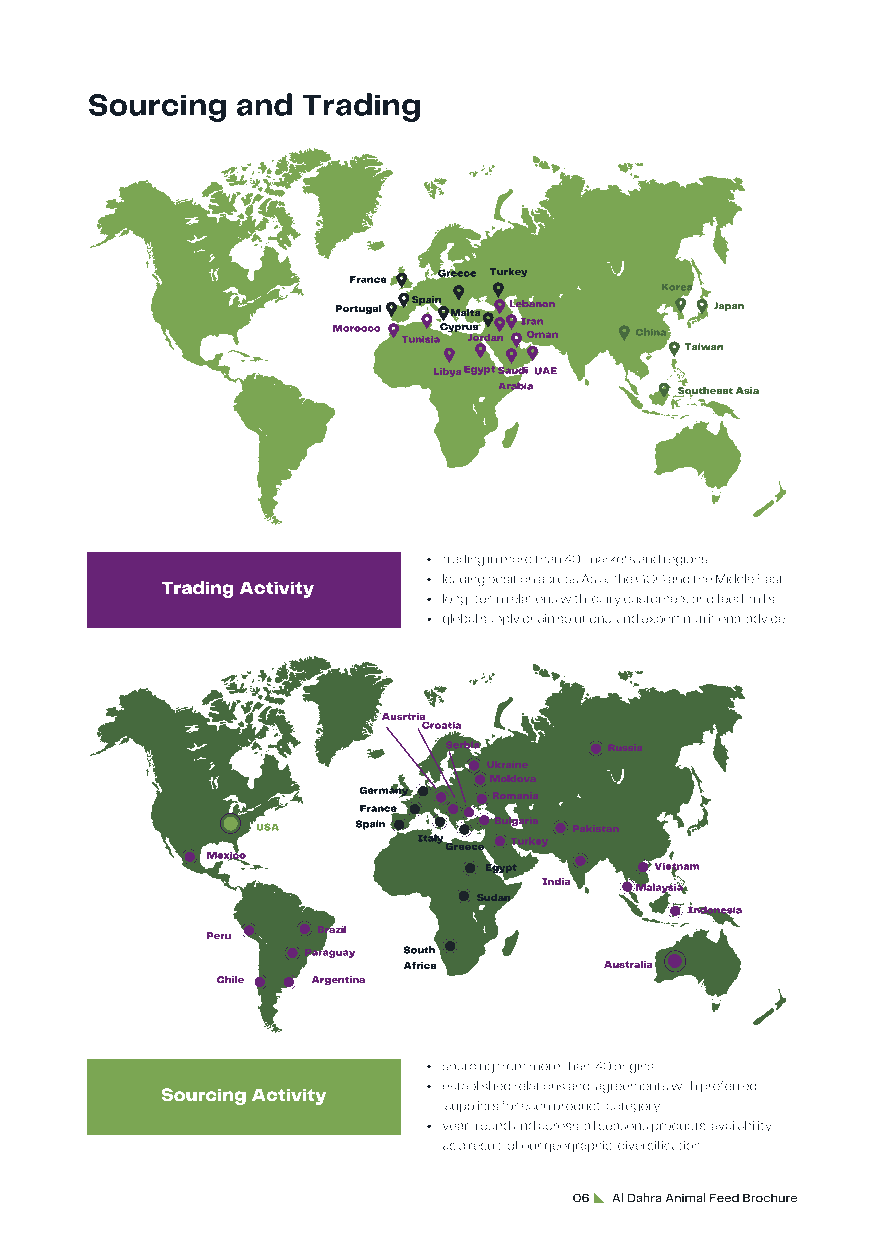
Sourcing  and Trading
 Greece Turkey
 France
 Korea
 Portugal Spain Malta Lebanon Japan
 Morocco TunisiaCypru Jos rdan Ir Oa mn an China
 Taiwan
 LibyaEgyptSaudi UAE
 Arabia      Southeast Asia
 trading in more than 40 markets and regions
 Trading Activity  leading position across Asia, the GCC and the Middle East
 long-term relations with dairy customers and feed mills
 global supply chain solutions and expert nutritional advice
 Ausrtria
 Croatia
 Serbia     Russia
 Ukraine
 Moldova
 Germany  Romania
 France
 USA    Spain    Bulgaria Pakistan
 Italy Greece Turkey
 Mexico
 Egypt      Vietnam
 India Malaysia
 Sudan
 Indonesia
 Brazil
 Peru
 Paraguay South
 Africa       Australia
 Chile  Argentina
 sourcing from more than 40 origins
 Sourcing Activity established relations and agreements with preferred
 suppliers for each product category
 year-round and across all seasons products availability
 as a result of our geographic diversification
 06 Al Dahra Animal Feed Brochure